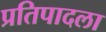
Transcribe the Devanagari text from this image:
प्रतिपादला